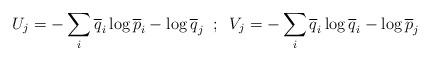
LaTeX: \begin{align*}U_{j}=-\sum_{i}\overline{q}_{i}\log \overline{p}_{i}-\log \overline{q}_{j}\;\;;\;\;V_{j}=-\sum_{i}\overline{q}_{i}\log \overline{q}_{i}-\log \overline{p}_{j}\end{align*}